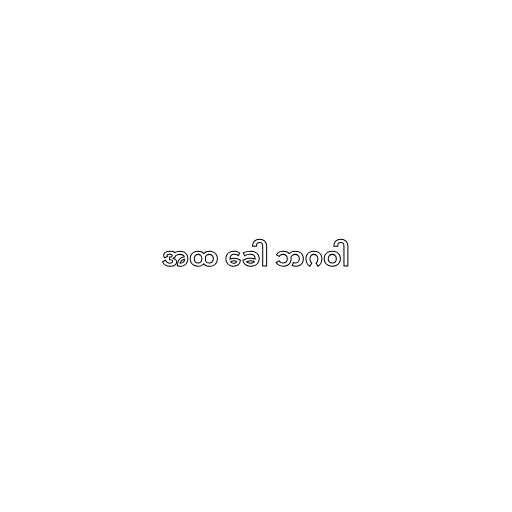
အထ ခေါ ဘဂဝါ